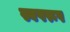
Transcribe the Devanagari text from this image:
स्वपरूप